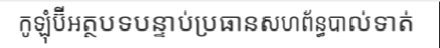
កូឡុំប៊ីអត្ថបទបន្ទាប់ប្រធានសហព័ន្ធបាល់ទាត់